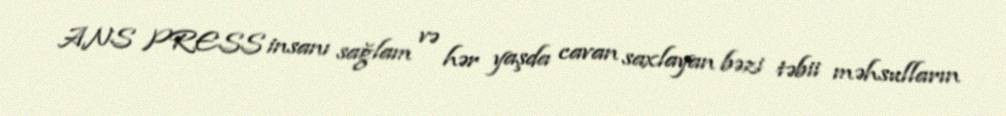
ANS PRESS insanı sağlam və hər yaşda cavan saxlayan bəzi təbii məhsulların